Civil Veterinary Department. United Provinces 1912-22 - 1912-1922
Year: 1912
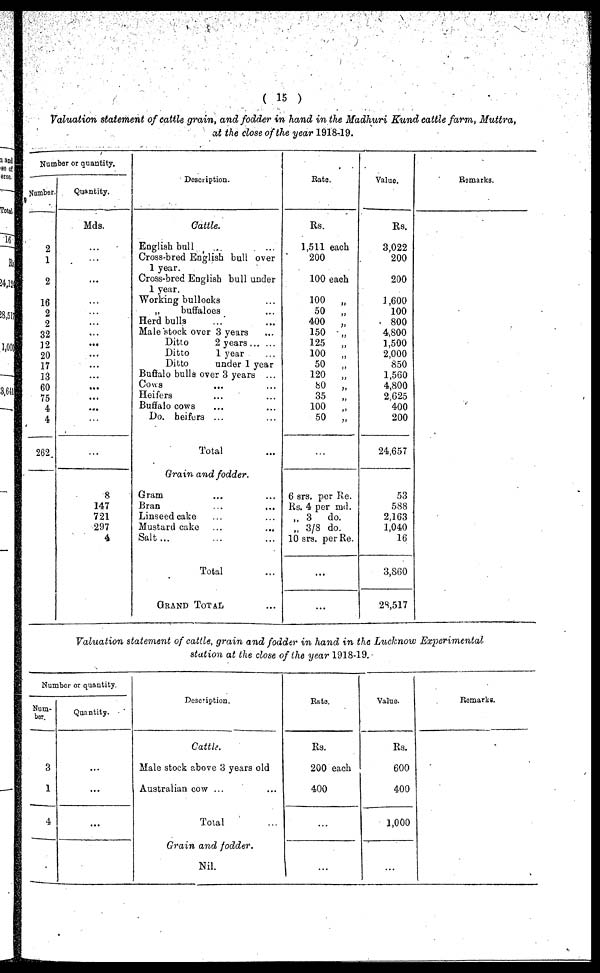
(15)
Valuation statement of cattle grain, and fodder in hand in the Madhuri Kund cattle farm, Muttra,
at the close of the year 1918-19.
Number or quantity.
Number.
2
1
2
16
2
2
32
12
20
17
13
60
75
4
4
262
Quantity.
Mds.
...
...
...
...
...
...
...
...
...
...
...
...
...
...
...
...
8
147
721
297
4
Description.
Cattle.
English bull ...
Cross-bred English bull over
1 year.
Cross-bred English bull under
1 year.
Working bullocks ...
„
buffaloes ...
Herd bulls ... ...
Male stock over 3 years ...
Ditto
2 years ... ...
Ditto
1 year ...
Ditto
under 1 year
Buffalo bulls over 3 years ...
Cows .... ...
Heifers ... ...
Buffalo cows ... ...
Do. heifers ... ...
Total ...
Grain and fodder.
Gram ... ...
Bran ... ...
Linseed cake ... ...
Mustard cake ... ...
Salt ... ... ...
Total ...
GRAND TOTAL ...
Rate.
Rs.
1,511 each
200
100 each
100
„
50
„
400
„
150
„
125
„
100
„
50
„
120
„
80 „
35
„
100
„
50
„
6 srs. per Re.
Rs. 4 per md.
„ 3 do.
„ 3/8 do.
10 srs. per Re.
...
...
Value.
Rs.
3,022
200
200
1,600
100
800
4,800
1,500
2,000
850
1,560
4,800
2,625
400
200
24,657
53
588
2,163
1,040
16
3,860
28,517
Remarks.
Valuation statement of cattle, grain and fodder in hand in the Lucknow Experimental
station at the close of the year 1918-19.
Number or quantity.
Num-
ber.
3
1
4
Quantity.
...
...
...
Description.
Cattle.
Male stock above 3 years old
Australian cow ... ...
Total ...
Grain and fodder.
Nil.
Rate.
Rs.
200 each
400
...
...
Value.
Rs.
600
400
1,000
...
Remarks.